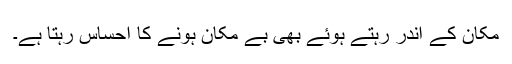
مکان کے اندر رہتے ہوئے بھی بے مکان ہونے کا احساس رہتا ہے۔